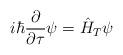
LaTeX: \begin{align*}i\hbar\frac{\partial}{\partial\tau}\psi = \hat{H}_{T}\psi\end{align*}